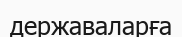
державаларға